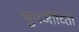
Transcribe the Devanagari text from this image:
पुनजीर्व्ताि